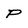
Character: P